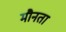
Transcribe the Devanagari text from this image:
मौनता